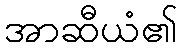
အာဆီယံ၏